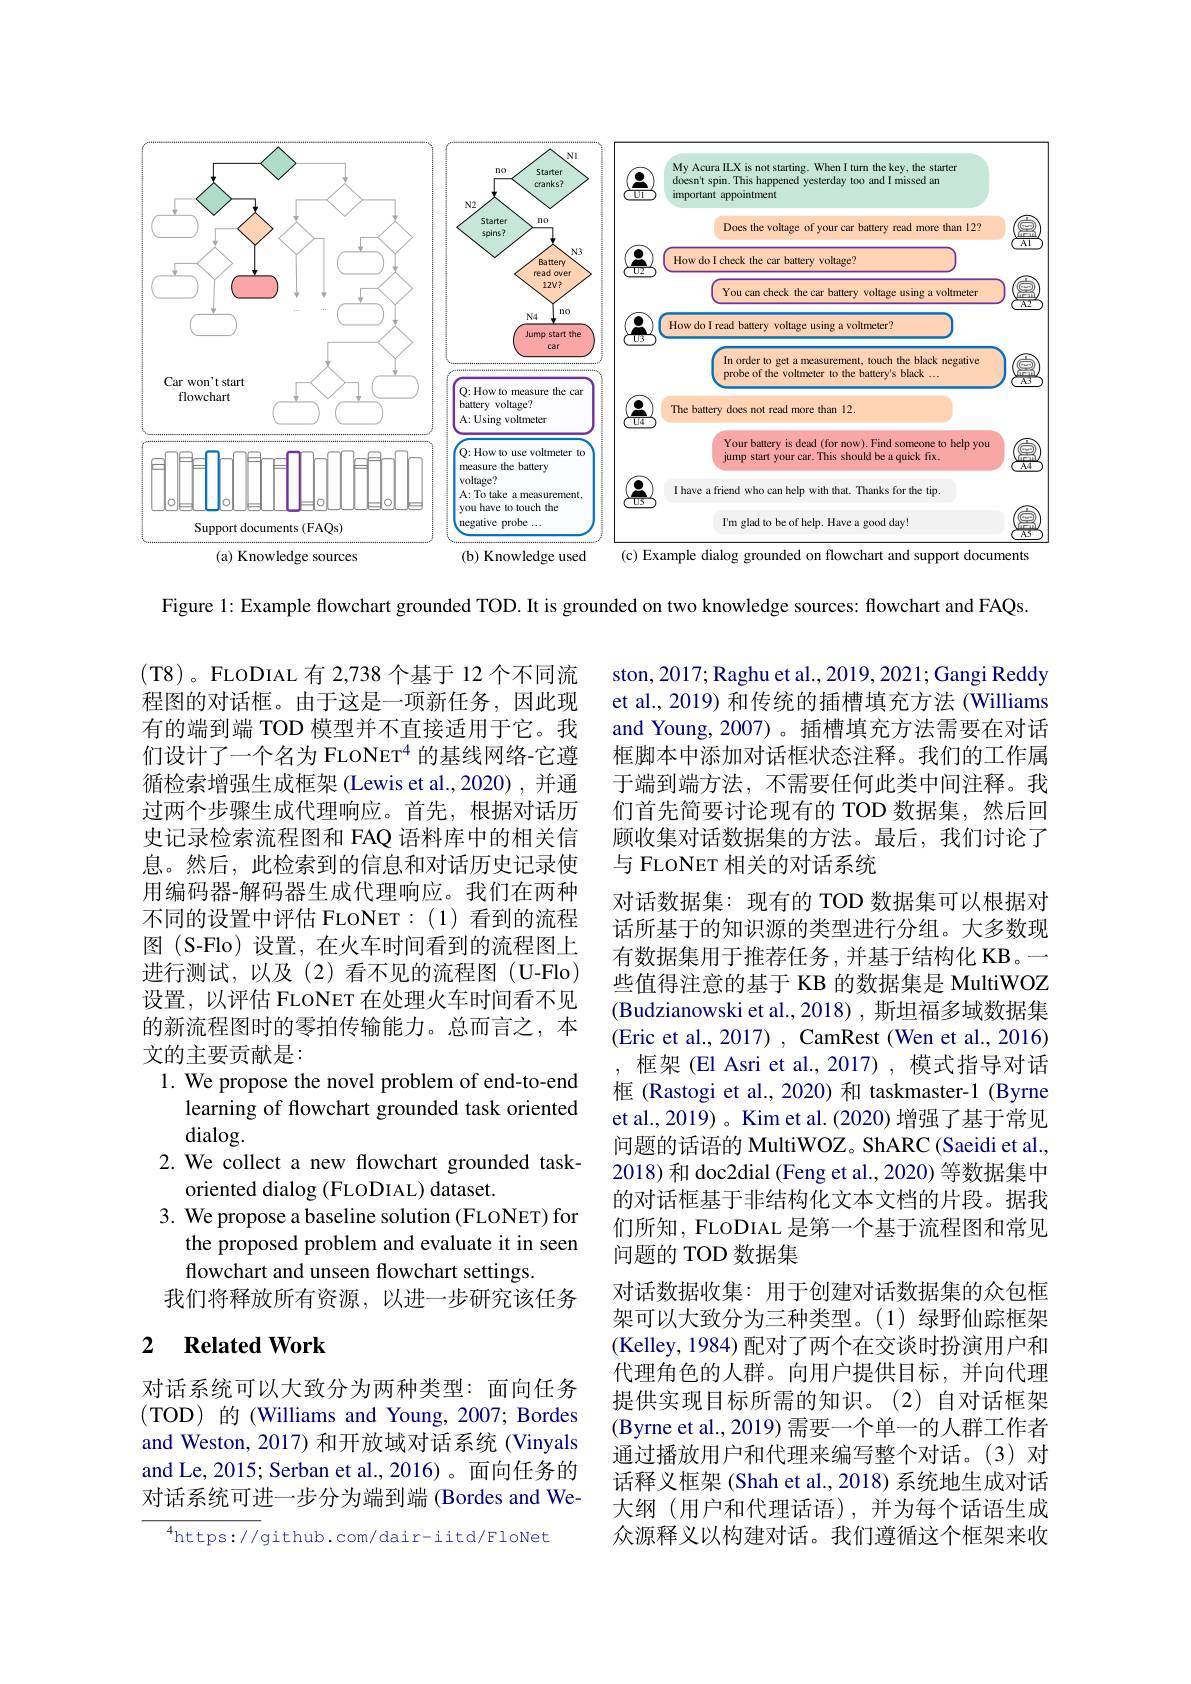
<FigureHere>

Figure 1: Example flowchart grounded TOD. It is grounded on two knowledge sources: flowchart and FAQs.

(T8)。FLoDIAL 有 2,738 个基于 12 个不同流程图的对话框。由于这是一项新任务，因此现有的端到端 TOD 模型并不直接适用于它。我们设计了一个名为 FLoNET$^{4}$的基线网络-它遵循检索增强生成框架 (Lewis et al.,2020) , 并通过两个步骤生成代理响应。首先，根据对话历史记录检索流程图和 FAQ 语料库中的相关信息。然后，此检索到的信息和对话历史记录使用编码器-解码器生成代理响应。我们在两种不同的设置中评估 FLONET:(1)看到的流程图 (S-Flo) 设置，在火车时间看到的流程图上进行测试，以及(2)看不见的流程图(U-Flo) 设置，以评估 FLONET 在处理火车时间看不见的新流程图时的零拍传输能力。总而言之，本文的主要贡献是：
1. We propose the novel problem of end-to-end
learning of flowchart grounded task oriented
dialog.
2. We collect a new flowchart grounded task-
oriented dialog (FLODIAL) dataset.
3. We propose a baseline solution (FLONET) for
the proposed problem and evaluate it in seen
flowchart and unseen flowchart settings
我们将释放所有资源，以进一步研究该任务

ston, 2017; Raghu et al., 2019, 2021; Gangi Reddy et al., 2019) 和传统的插槽填充方法 (Williams and Young, 2007)。插槽填充方法需要在对话框脚本中添加对话框状态注释。我们的工作属于端到端方法，不需要任何此类中间注释。我们首先简要讨论现有的 TOD 数据集，然后回顾收集对话数据集的方法。最后，我们讨论了与 FLONET 相关的对话系统
对话数据集：现有的 TOD 数据集可以根据对话所基于的知识源的类型进行分组。大多数现有数据集用于推荐任务，并基于结构化 KB。一些值得注意的基于 KB 的数据集是 MultiWOZ (Budzianowski et al.,2018), 斯坦福多域数据集(Eric et al., 2017) , CamRest (Wen et al., 2016)
框架 (El Asri et al.,2017) ,模式指导对话框 (Rastogi et al., 2020) 和 taskmaster-1 (Byrne et al., 2019) 。Kim et al. (2020) 增强了基于常见问题的话语的 MultiWOZ。ShARC (Saeidi et al. 2018) 和 doc2dial (Feng et al., 2020) 等数据集中的对话框基于非结构化文本文档的片段。据我们所知，FLODIAL 是第一个基于流程图和常见问题的 TOD 数据集
对话数据收集：用于创建对话数据集的众包框架可以大致分为三种类型。(1)绿野仙踪框架(Kelley, 1984) 配对了两个在交谈时扮演用户和代理角色的人群。向用户提供目标，并向代理提供实现目标所需的知识。(2)自对话框架(Byrne et al., 2019) 需要一个单一的人群工作者通过播放用户和代理来编写整个对话。(3)对话释义框架 (Shah et al., 2018)系统地生成对话大纲 (用户和代理话语),并为每个话语生成众源释义以构建对话。我们遵循这个框架来收

## 2 $\textbf{Related Work}$

对话系统可以大致分为两种类型：面向任务(TOD)的(Williams and Young, 2007; Bordes and Weston, 2017) 和开放域对话系统 (Vinyals and Le, 2015; Serban et al., 2016) 。面向任务的对话系统可进一步分为端到端 (Bordes and We-

$^{4}$https://github.com/dair-iitd/FloNet